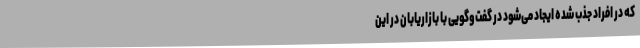
که در افراد جذب شده ایجاد می‌شود در گفت‌وگویی با بازاریابان در این